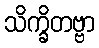
သိက္ခိတဗ္ဗာ